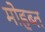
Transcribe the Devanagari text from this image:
मोहब्त